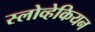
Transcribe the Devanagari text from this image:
स्लोव्हेकियन